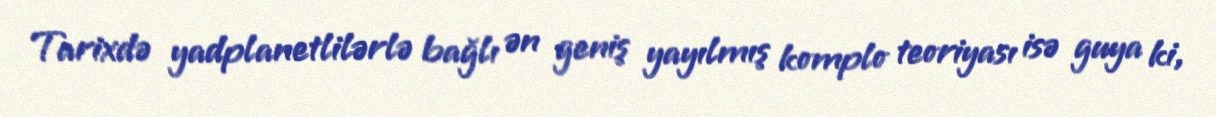
Tarixdə yadplanetlilərlə bağlı ən geniş yayılmış komplo teoriyası isə guya ki,